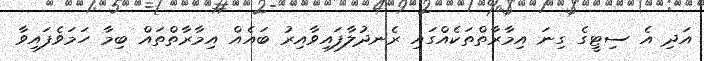
އަދި އެ ސިޓީގެ ގިނަ އިމާރާތްތަކެއްގައި ރެނދުލާފައިވާއިރު ބައެއް އިމާރާތްތައް ބިމާ ހަމަވެފައިވާ